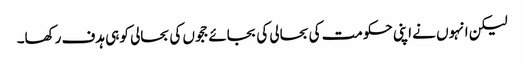
لیکن انہوں نے اپنی حکومت کی بحالی کی بجائے ججوں کی بحالی کو ہی ہدف رکھا۔